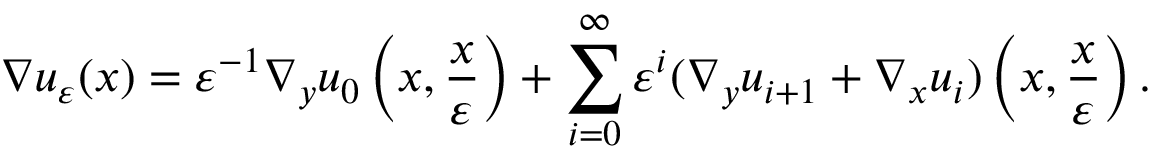
\nabla u _ { \varepsilon } ( x ) = \varepsilon ^ { - 1 } \nabla _ { y } u _ { 0 } \left( x , \frac { x } { \varepsilon } \right) + \sum _ { i = 0 } ^ { \infty } \varepsilon ^ { i } ( \nabla _ { y } u _ { i + 1 } + \nabla _ { x } u _ { i } ) \left( x , \frac { x } { \varepsilon } \right) .